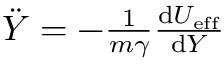
\begin{array} { r } { \ddot { Y } = - { \frac { 1 } { m \gamma } } { \frac { \mathrm { d } U _ { \mathrm { e f f } } } { \mathrm { d } Y } } } \end{array}